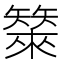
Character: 𰦣